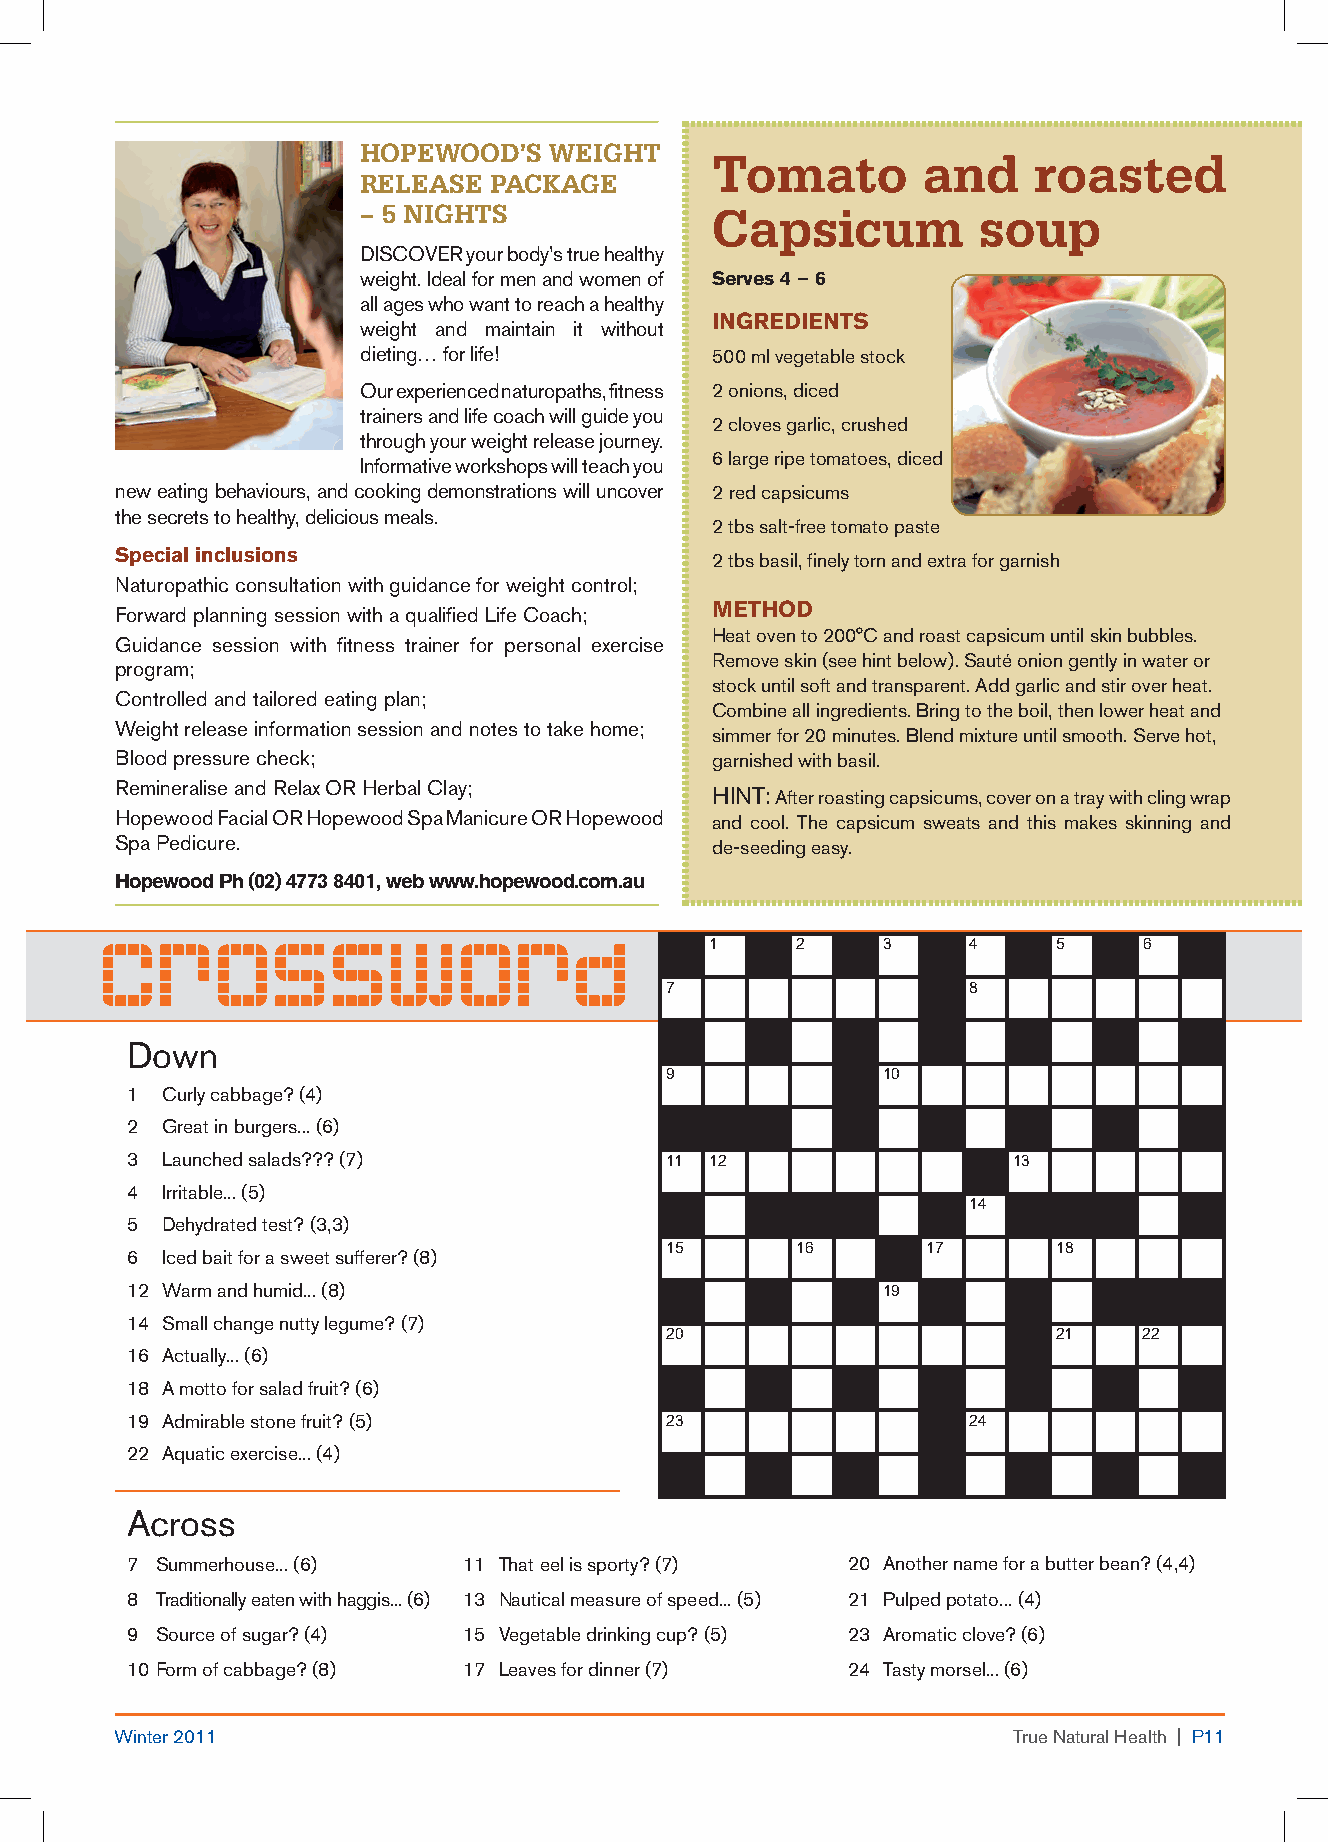
Hopewood’s  weigHT
 Tomato        and    roasted
 Release paCkage
 – 5 NigHTs             Capsicum          soup
 DISCOVER your body’s true healthy
 weight. Ideal for men and women of Serves 4 – 6
 all ages who want to reach a healthy
 INGREDIENTS
 weight and maintain it without
 dieting… for life!     500 ml vegetable stock
 Our experienced naturopaths, fitness 2 onions, diced
 trainers and life coach will guide you
 2 cloves garlic, crushed
 through your weight release journey.
 6 large ripe tomatoes, diced
 Informative workshops will teach you
 new eating behaviours, and cooking demonstrations will uncover 2 red capsicums
 the secrets to healthy, delicious meals.
 2 tbs salt-free tomato paste
 Special inclusions                     2 tbs basil, finely torn and extra for garnish
 Naturopathic consultation with guidance for weight control;
 METHOD
 Forward planning session with a qualified Life Coach;
 Heat oven to 200°C and roast capsicum until skin bubbles.
 Guidance session with fitness trainer for personal exercise
 Remove skin (see hint below). Sauté onion gently in water or
 program;
 stock until soft and transparent. Add garlic and stir over heat.
 Controlled and tailored eating plan;
 Combine all ingredients. Bring to the boil, then lower heat and
 Weight release information session and notes to take home;
 simmer for 20 minutes. Blend mixture until smooth. Serve hot,
 Blood pressure check;                  garnished with basil.
 Remineralise and Relax OR Herbal Clay;
 HINT: After roasting capsicums, cover on a tray with cling wrap
 Hopewood Facial OR Hopewood Spa Manicure OR Hopewood and cool. The capsicum sweats and this makes skinning and
 Spa Pedicure.                          de-seeding easy.
 Hopewood Ph (02) 4773 8401, web www.hopewood.com.au
 Crossword
 1     2    3     4     5     6
 7                   8
 Down
 9             10
 1  Curly cabbage? (4)
 2  Great in burgers... (6)
 3  Launched salads??? (7)           11 12                  13
 4  Irritable... (5)
 14
 5  Dehydrated test? (3,3)
 15       16      17       18
 6  Iced bait for a sweet sufferer? (8)
 12 Warm and humid... (8)                          19
 14 Small change nutty legume? (7)
 20                        21    22
 16 Actually... (6)
 18 A motto for salad fruit? (6)
 19 Admirable stone fruit? (5)       23                  24
 22 Aquatic exercise... (4)
 Across
 7 Summerhouse... (6)   11 That eel is sporty? (7) 20 Another name for a butter bean? (4,4)
 8 Traditionally eaten with haggis... (6) 13 Nautical measure of speed... (5) 21 Pulped potato... (4)
 9 Source of sugar? (4) 15 Vegetable drinking cup? (5) 23 Aromatic clove? (6)
 10 Form of cabbage? (8) 17 Leaves for dinner (7) 24 Tasty morsel... (6)
 Winter 2011                                                True Natural Health | P11